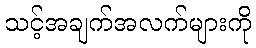
သင့်အချက်အလက်များကို